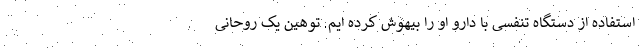
استفاده از دستگاه تنفسی با دارو او را بیهوش کرده ایم. توهین یک روحانی